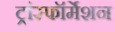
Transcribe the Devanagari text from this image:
ट्रांस्फॉर्मेशन